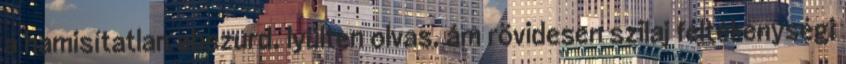
a hamisítatlan abszurd. lyülten olvas, ám rövidesen szilaj féltékenységi